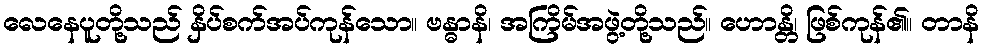
လေနေပူတို့သည် နှိပ်စက်အပ်ကုန်သော။ ဗန္ဓာနိ၊ အကြိမ်အဖွဲ့တို့သည်။ ဟောန္တိ၊ ဖြစ်ကုန်၏။ တာနိ